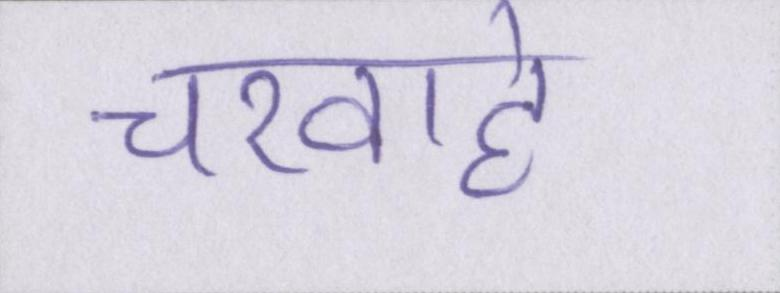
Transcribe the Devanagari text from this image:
चरवाहे